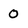
Character: 0